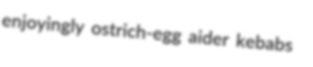
enjoyingly ostrich-egg aider kebabs